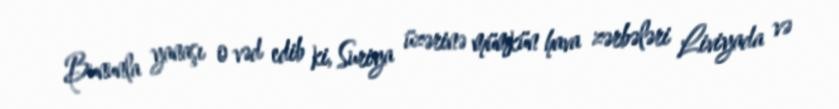
Bununla yanaşı o vəd edib ki, Suriya üzərinə mümkün hava zərbələri Liviyada və